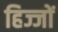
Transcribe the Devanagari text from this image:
हिज्जों